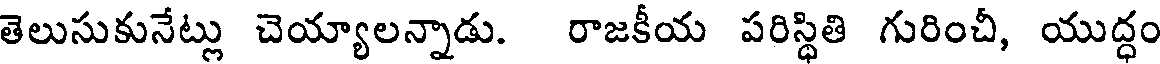
తెలుసుకునేట్లు చెయ్యాలన్నాడు. రాజకీయ పరిస్థితి గురించీ, యుద్ధం